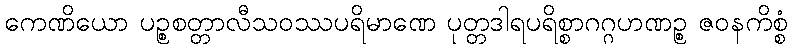
ကေဏိယော ပဉ္စစတ္တာလီသဝဿပရိမာဏေ ပုတ္တဒါရပရိစ္စာဂဂ္ဂဟဏဉ္စ ဇဝနကိစ္စံ